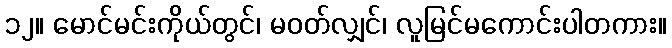
၁၂။ မောင်မင်းကိုယ်တွင်၊ မဝတ်လျှင်၊ လူမြင်မကောင်းပါတကား။